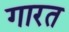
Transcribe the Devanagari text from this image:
गारत